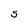
Character: S